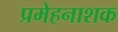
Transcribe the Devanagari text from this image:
प्रमेहनाशक